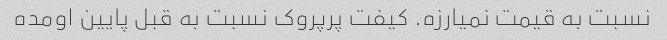
نسبت به قیمت نمیارزه. کیفت پرپروک نسبت به قبل پایین اومده